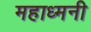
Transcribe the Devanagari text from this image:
महाध्मनी